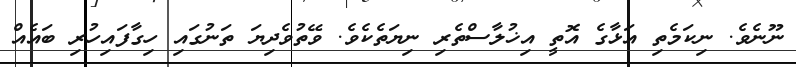
ނޫނެވެ. ނިކަމެތި އަޅާގެ އޮތީ އިޚުލާސްތެރި ނިޔަތެކެވެ. ވޭތުވެދިޔަ ތަނުގައި ހިގާފައިހުރި ބައެއް